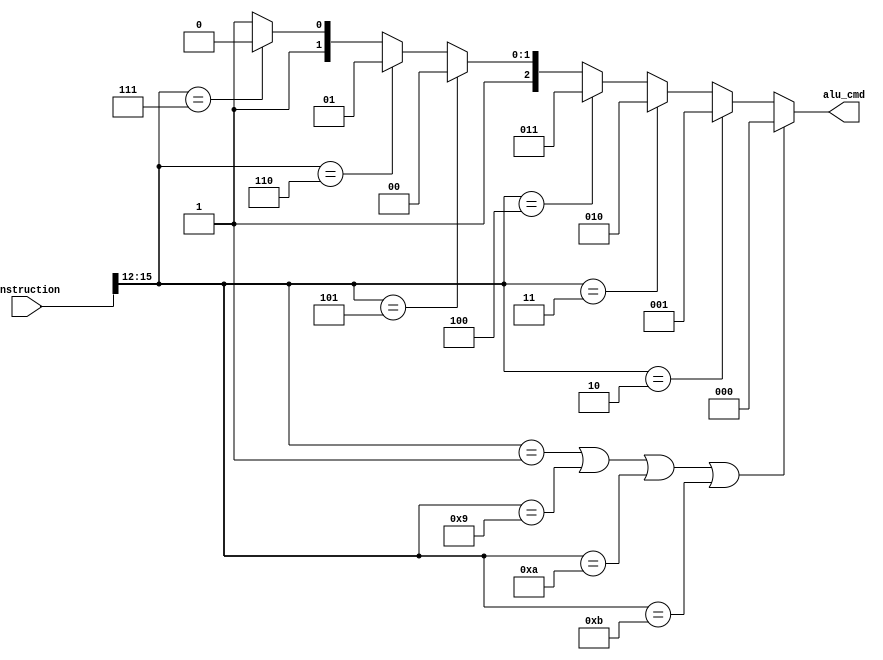
module ID_ctrl(input [15:0] instruction,
					output [2:0] alu_cmd);

	wire [3:0] opcode;
	
	assign opcode = instruction[15:12];
	assign alu_cmd = (opcode == 'b0001 || opcode == 'b1001 || opcode == 'b1010 || opcode == 'b1011) ? 'b000 : 
							(opcode == 'b0010) ? 'b001 :
							(opcode == 'b0011) ? 'b010 :
							(opcode == 'b0100) ? 'b011 :
							(opcode == 'b0101) ? 'b100 :
							(opcode == 'b0110) ? 'b101 :
							(opcode == 'b0111) ? 'b110 : 'b111;

endmodule